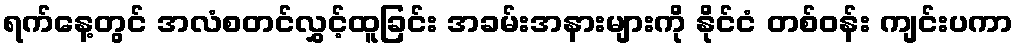
ရက်နေ့တွင် အလံစတင်လွှင့်ထူခြင်း အခမ်းအနားများကို နိုင်ငံ တစ်ဝန်း ကျင်းပကာ